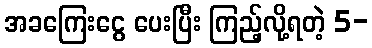
အခကြေးငွေ ပေးပြီး ကြည့်လို့ရတဲ့ 5-